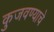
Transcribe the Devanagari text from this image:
कुजवण्याचे